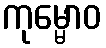
ကုမ္မောဝ